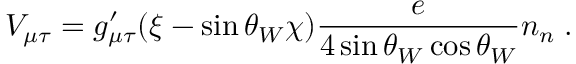
V _ { \mu \tau } = g _ { \mu \tau } ^ { \prime } ( \xi - \sin \theta _ { W } \chi ) \frac { e } { 4 \sin \theta _ { W } \cos \theta _ { W } } n _ { n } \; .